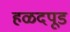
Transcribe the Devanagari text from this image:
हळदपूड